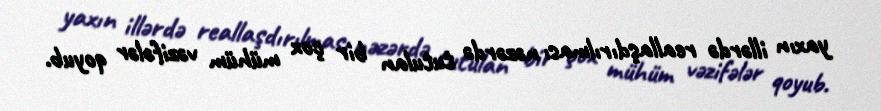
yaxın illərdə reallaşdırılması nəzərdə tutulan bir çox mühüm vəzifələr qoyub.